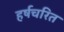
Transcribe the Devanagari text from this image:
हर्षचरित